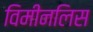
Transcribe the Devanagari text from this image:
विमीनलिस